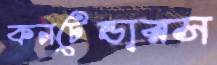
কনটেন্ডারস